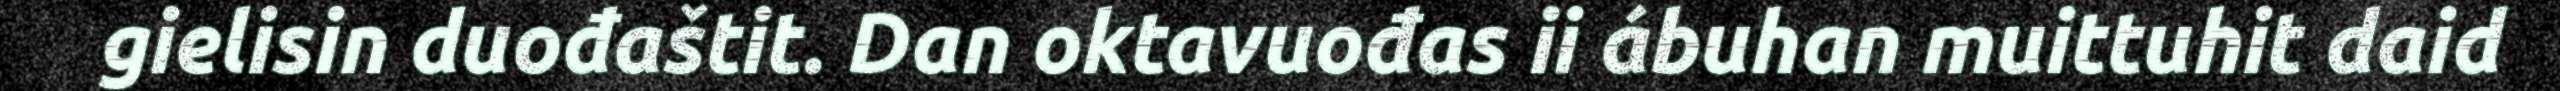
gielisin duođaštit. Dan oktavuođas ii ábuhan muittuhit daid